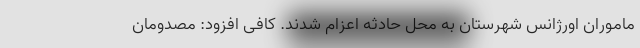
ماموران اورژانس شهرستان به محل حادثه اعزام شدند. کافی افزود: مصدومان